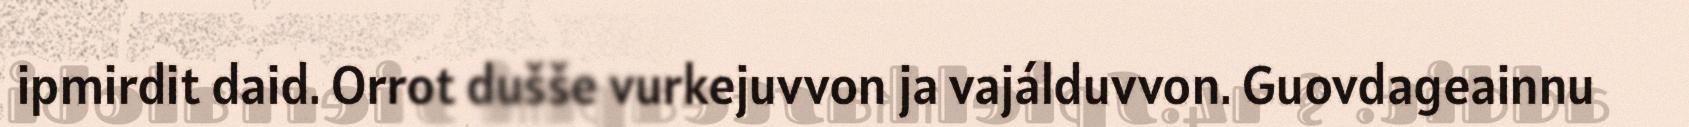
ipmirdit daid. Orrot dušše vurkejuvvon ja vajálduvvon. Guovdageainnu